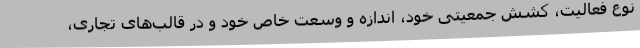
نوع فعالیت، کشش جمعیتی خود، اندازه و وسعت خاص خود و در قالب‌های تجاری،